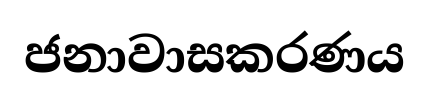
ජනාවාසකරණය